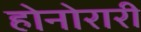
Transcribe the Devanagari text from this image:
होनोरारी